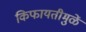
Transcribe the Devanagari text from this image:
किफायतीमुळें